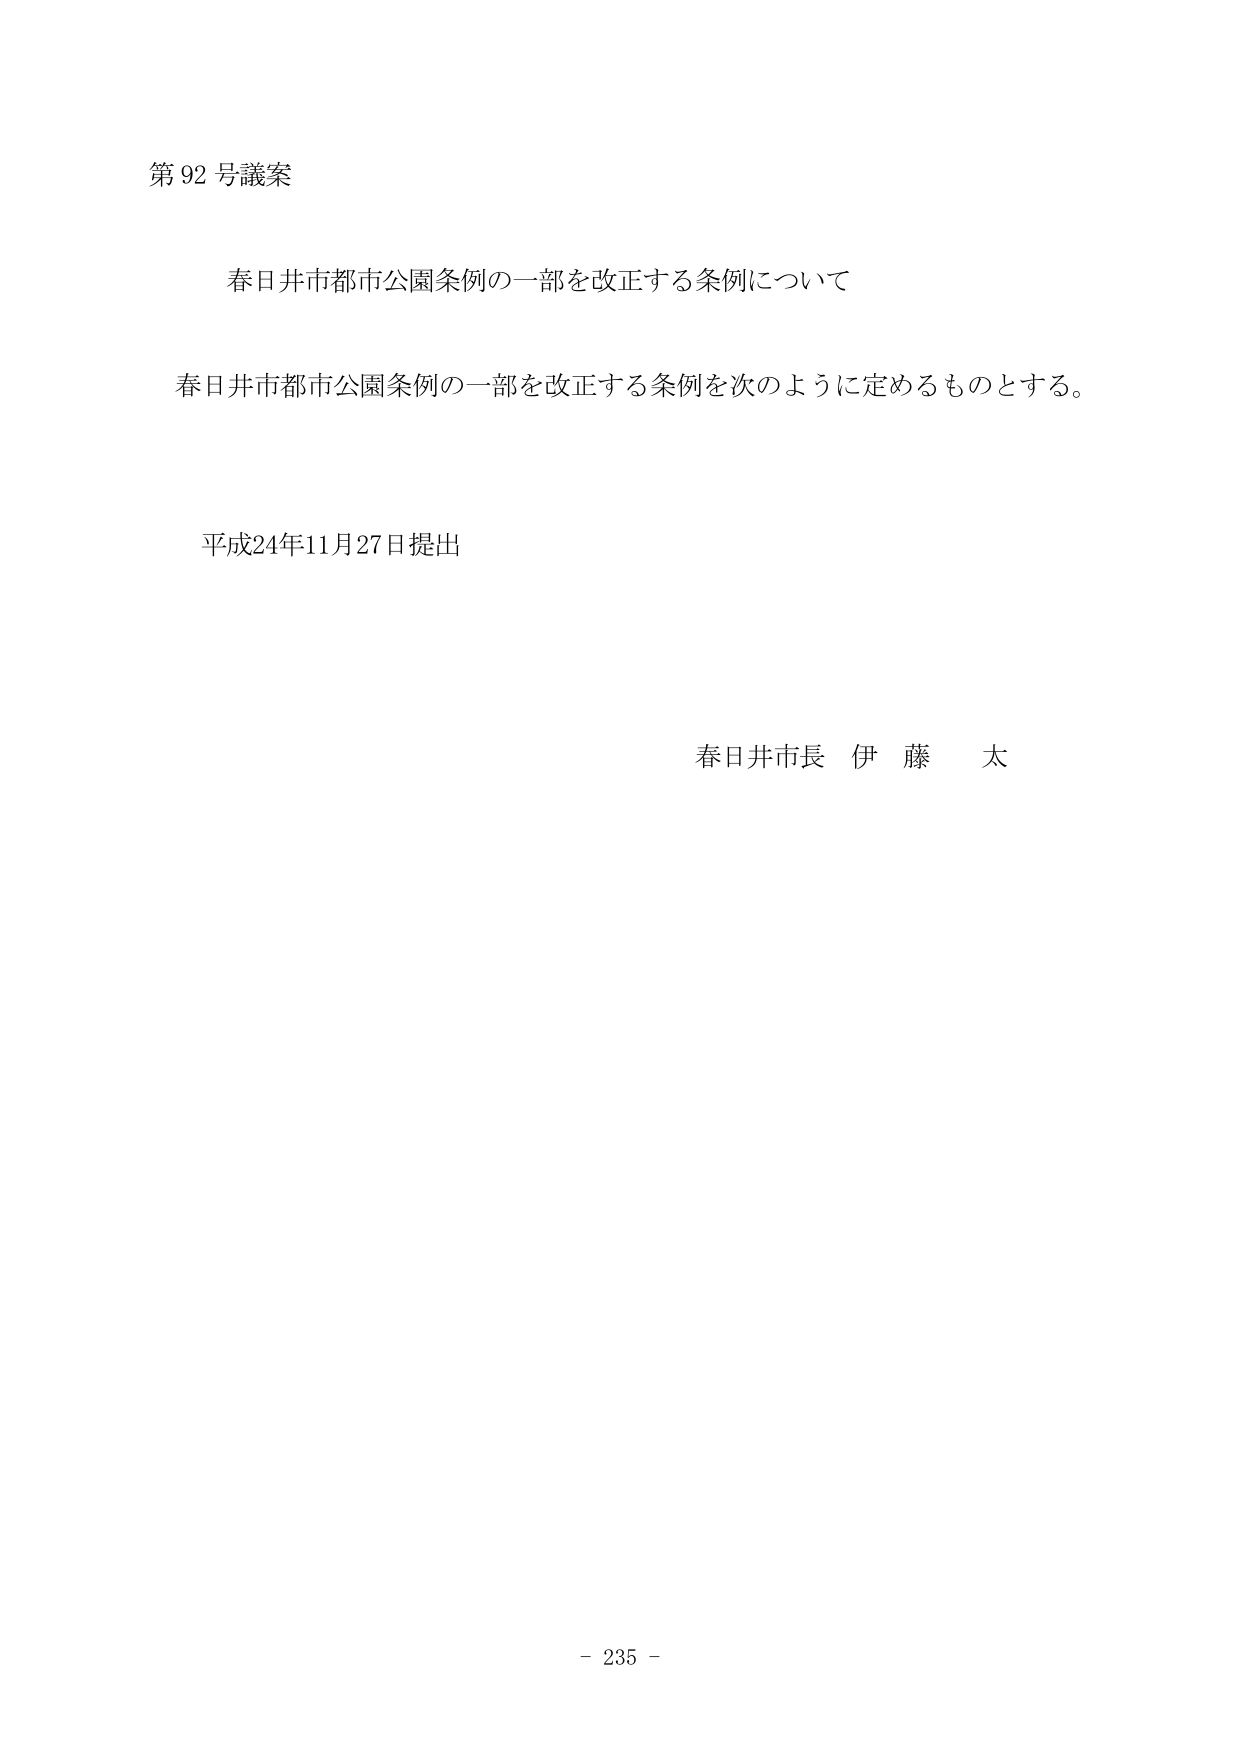
第92号議案

春日井市都市公園条例の一部を改正する条例について

春日井市都市公園条例の一部を改正する条例を次のように定めるものとする。

平成24年11月27日提出

春日井市長 伊藤太

- 235 -